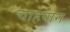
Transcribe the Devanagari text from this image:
चाहपान